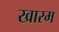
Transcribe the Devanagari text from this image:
खारम